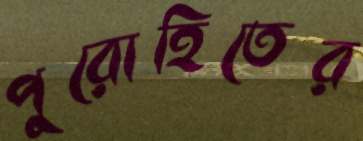
পুরোহিতের